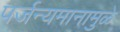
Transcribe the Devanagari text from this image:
पर्जन्यमानामुळे